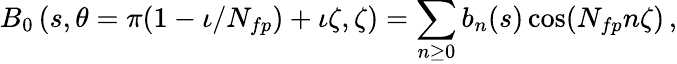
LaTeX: B_{0}\left(s,\theta=\pi(1-\iota/N_{fp})+\iota\zeta,\zeta\right)=\sum_{n\ge 0}{b_{n}}(s)\cos(N_{fp}n\zeta)\, ,